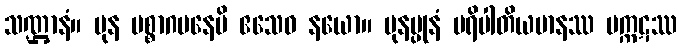
သဏ္ဌာနံ။ ပုန ပစ္စာဂမနေပိ ဧသေဝ နယော။ ပုနပ္ပုနံ ပရိပါတိယမာနဿ မက္ကဋဿ